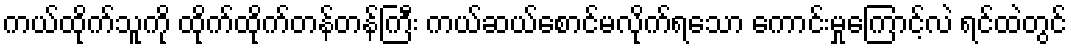
ကယ်ထိုက်သူကို ထိုက်ထိုက်တန်တန်ကြီး ကယ်ဆယ်စောင်မလိုက်ရသော ကောင်းမှုကြောင့်လဲ ရင်ထဲတွင်